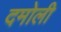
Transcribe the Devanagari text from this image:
दमोली